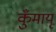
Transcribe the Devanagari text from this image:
कुँमायू